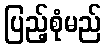
ပြည့်စုံမည်